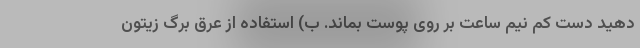
دهید دست کم نیم ساعت بر روی پوست بماند. ب) استفاده از عرق برگ زیتون